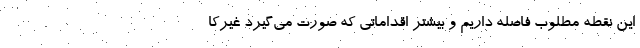
این نقطه مطلوب فاصله داریم و بیشتر اقداماتی که صورت می‌گیرد غیرکا